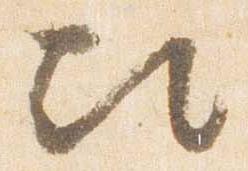
次